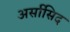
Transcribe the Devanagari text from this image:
अर्सासिद